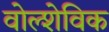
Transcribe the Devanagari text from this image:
वोल्शेविक